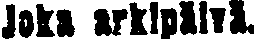
Joka arkipäivä.